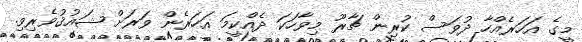
މީގެ އަހަރެއްހާ ދުވަސް ކުރިން ޗާރޫ މިވާހަކަ ދެއްކީމަ އަހަރެން ވަރަށް ޝައުޤުވެރިވި.